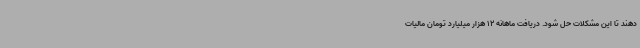
دهند تا این مشکلات حل شود. دریافت ماهانه 12 هزار میلیارد تومان مالیات